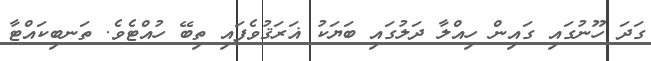
ގަދަ ހޫނުގައި ގައިން ހިއްލާ ދަލުގައި ބަޔަކު ޣަރަޤުވެފައި ތިބޭ ހުއްޓެވެ. ތަނބިކައްޓާ